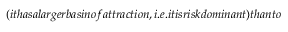
( i t h a s a l a r g e r b a s i n o f a t t r a c t i o n , i . e . i t i s r i s k d o m i n a n t ) t h a n t o